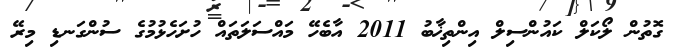
ގޮތުން ލޯކަލް ކައުންސިލް އިންތިޚާބު 2011 އާބެހޭ މައްސަލަތައް ހުށަހެޅުމުގެ ސުންގަނޑި މިރޭ